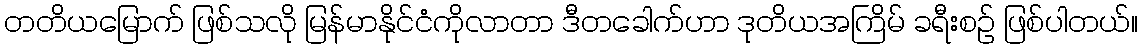
တတိယမြောက် ဖြစ်သလို မြန်မာနိုင်ငံကိုလာတာ ဒီတခေါက်ဟာ ဒုတိယအကြိမ် ခရီးစဉ် ဖြစ်ပါတယ်။